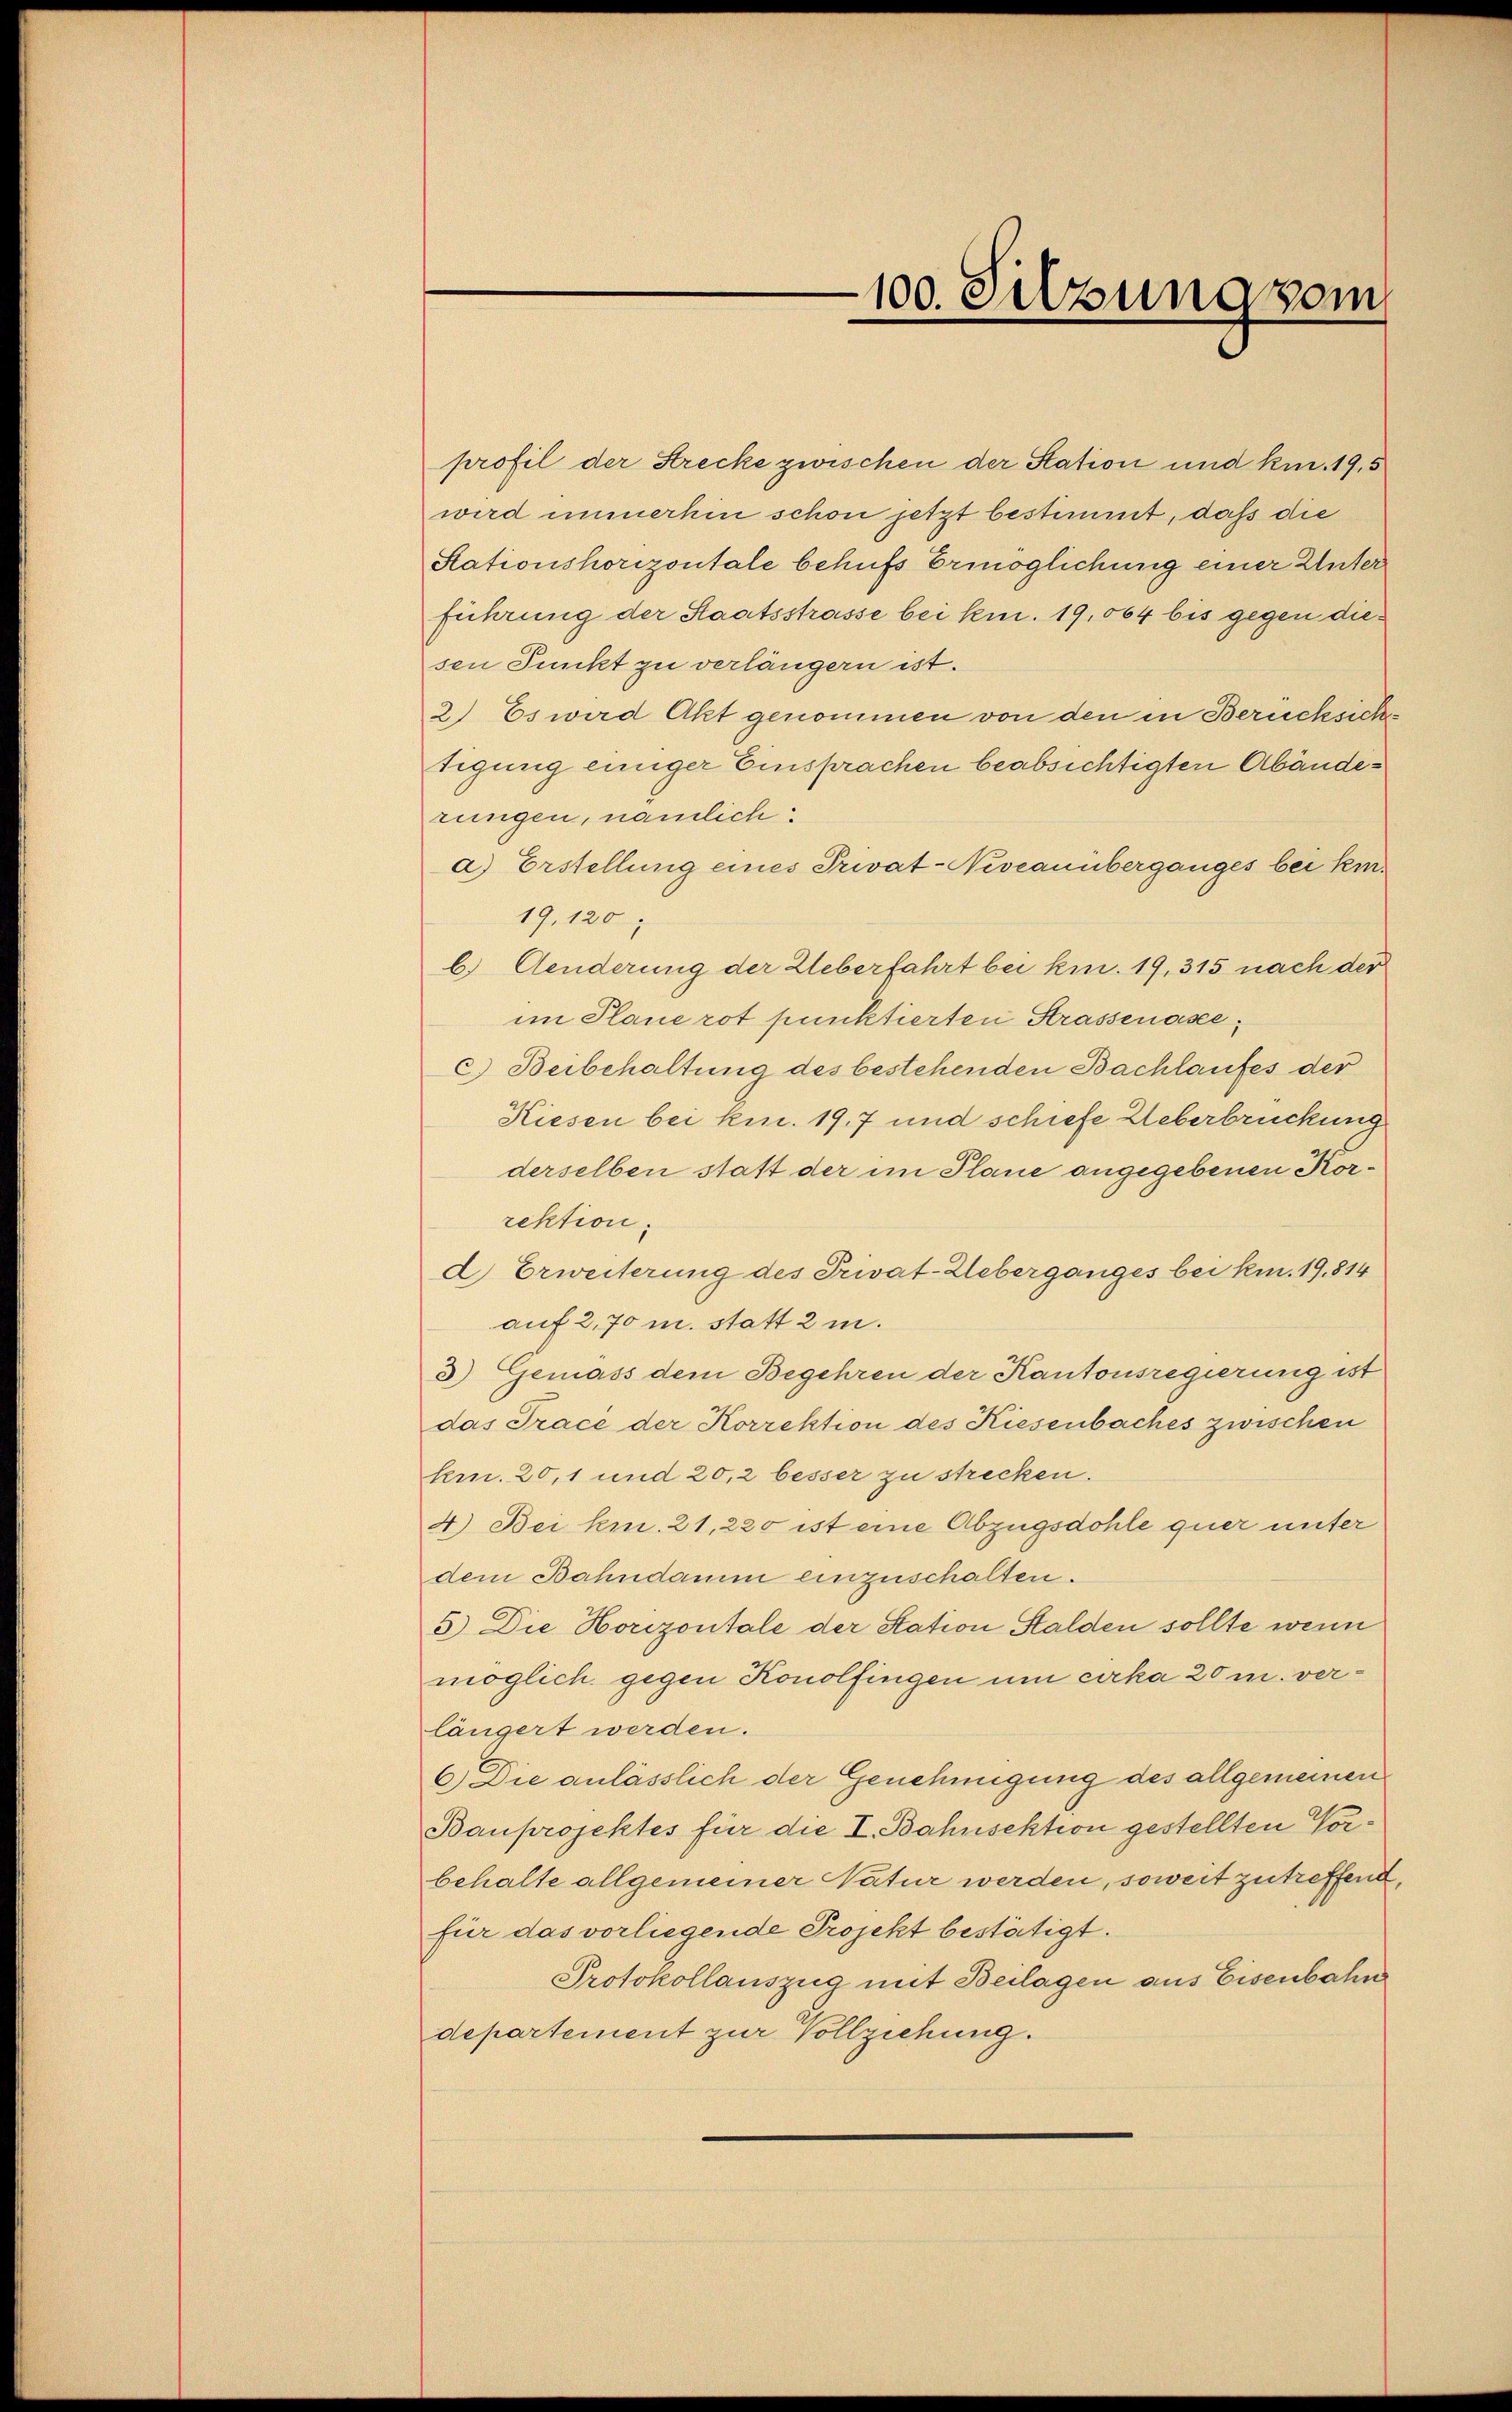
100. Silzung vom

profil der Strecke zwischen der Station und kn. 19,5
wird immerhin schon jetzt bestimmt, daß die
Stationshorizontale behufs Ermöglichung einer Unter
führung der Staatsstrasse bei kn. 19,004 bis gegen diesen Punkt zu verlängern ist.
2) Es wird Akt genommen von den in Berücksiche
tigung einiger Einsprachen beabsichtigten Abänderungen, nämlich:
a) Erstellung eines Privat-Niveauüberganges bei kin¬
19.120
b) Aenderung der Ueberfahrt bei kn. 19, 315 nach der
im Plane rot punktierten Strassenasec.) Beibehaltung des bestehenden Bachlaufes der
Kiesen bei kn. 19, 7 und schiefe Ueberbrückung
derselben statt der im Plane angegebenen Korrektion.
d Erweiterung des Privat-Ueberganges bei kn. 19. 814
auf 2,70 m. statt 2 m.
3) Gemäss dem Begehren der Kantonsregierung ist
das Tracé der Korrektion des Kiesenbaches zwischen
km. 20,1 und 20,2 besser zu strecken.
4.) Bei kn. 21, 220 ist eine Abzugsdohle quer unter
dem Bahndamm einzuschalten.
5) Die Horizontale der Station Stalden sollte wenn
möglich gegen Konolfingen um cirka 20 m. verlängert werden.
6.) Die anlässlich der Genehmigung des allgemeinen
Bauprojektes für die I. Bahnsektion gestellten Vorbehalte allgemeiner Natur werden, soweit zutreffend,
für das vorliegende Projekt bestätigt.
Protokollauszug mit Beilagen aus Eisenbahn
departement zur Vollziehung.